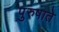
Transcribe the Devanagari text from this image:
पुरुषाते